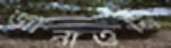
জানাওনি